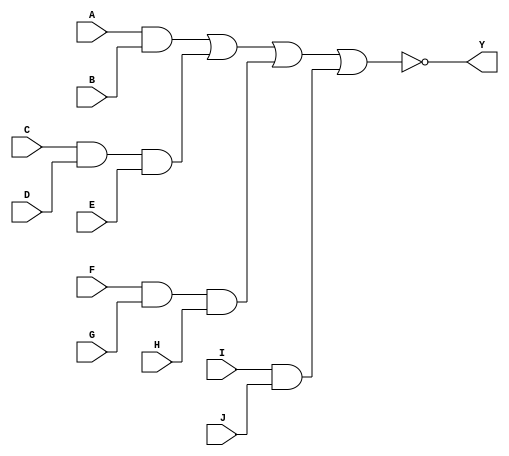
module AOI_3_1(input A,input B,input C,input D,input E,input F, input G,input H,input I,input J,output Y);
wire a_w;
wire b_w;
wire c_w;
wire d_w;
assign a_w = A & B;
assign b_w = C & D & E;
assign c_w = F & G & H;
assign d_w = I & J;
assign Y = ~(a_w | b_w | c_w | d_w);
endmodule